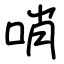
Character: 哨